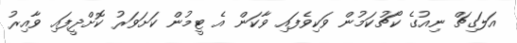
އަލަގިޗް ނިއުގެ ކޯޗުކަމުން ވަކިވެފައި ވާކަން އެ ޓީމުން ކަށަވަރު ކޮށްދީފައި ވާއިރު